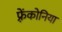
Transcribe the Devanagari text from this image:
फ़्रेंकोनिया